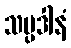
သမ္ပဒါနံ